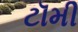
ટૉમી